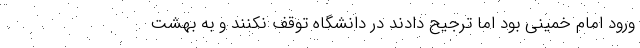
ورود امام خمینی بود اما ترجیح دادند در دانشگاه توقف نکنند و به بهشت